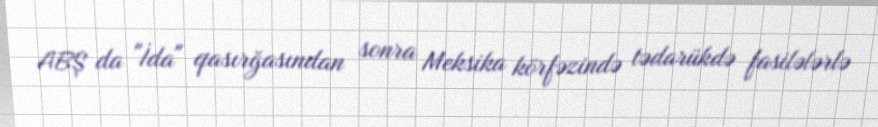
ABŞ da "İda" qasırğasından sonra Meksika körfəzində tədarükdə fasilələrlə